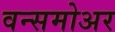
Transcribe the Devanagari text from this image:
वन्समोअर